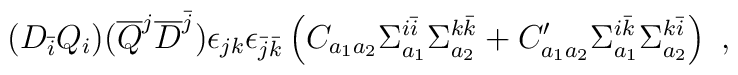
(D_{\bar i} Q_i)({\overline Q}^j {\overline D}^{\bar j} ) \epsilon_{jk} \epsilon_{{\bar j}{\bar k}}\left(C_{a_1 a_2} \Sigma^{i{\bar i}}_{a_1} \Sigma^{k{\bar k}}_{a_2} +  C^\prime_{a_1 a_2} \Sigma^{i{\bar k}}_{a_1} \Sigma^{k{\bar i}}_{a_2}\right)~,